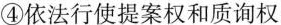
④依法行使提案权和质询权